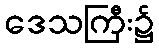
ဒေသကြီး၌